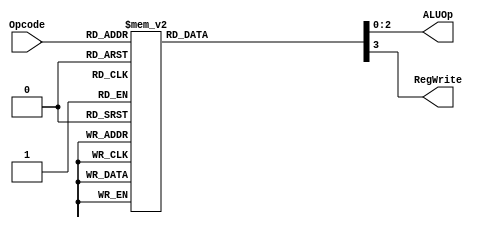
module control (
    input [3:0] Opcode,
    output reg [2:0] ALUOp,
    output reg RegWrite
);
    always @(*) begin
        case (Opcode)
            4'b0000: begin // NOP
                ALUOp = 3'b000;
                RegWrite = 0;
            end
            4'b0001: begin // ADD
                ALUOp = 3'b000;
                RegWrite = 1;
            end
            4'b0010: begin // SUB
                ALUOp = 3'b001;
                RegWrite = 1;
            end
            4'b0011: begin // AND
                ALUOp = 3'b010;
                RegWrite = 1;
            end
            4'b0100: begin // OR
                ALUOp = 3'b011;
                RegWrite = 1;
            end
            4'b0101: begin // XOR
                ALUOp = 3'b100;
                RegWrite = 1;
            end
            4'b0110: begin // NOT
                ALUOp = 3'b101;
                RegWrite = 1;
            end
            4'b0111: begin // SHL (Shift Left)
                ALUOp = 3'b110;
                RegWrite = 1;
            end
            4'b1000: begin // SHR (Shift Right)
                ALUOp = 3'b111;
                RegWrite = 1;
            end
            default: begin
                ALUOp = 3'b000;
                RegWrite = 0;
            end
        endcase
    end
endmodule